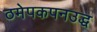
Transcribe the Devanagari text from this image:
ठमेपकपनउद्ध